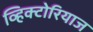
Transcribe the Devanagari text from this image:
व्हिक्टोरियाज